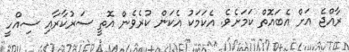
ރާއްޖެ އަށް އެބައޮތް ކަމަށެވެ. އެކަމަކު އެކަން ކުރެވެން އޮތީ ސަރުކާރާއި ސިއްހީ